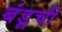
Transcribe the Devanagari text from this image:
बंडूची